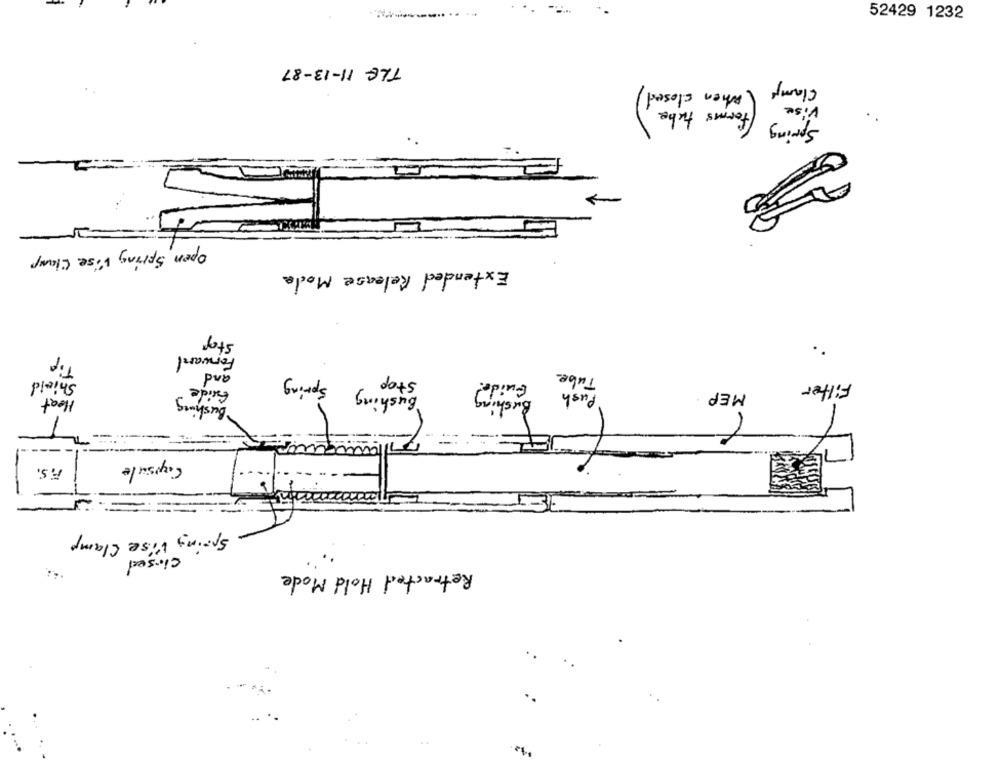
52429 1232
THE 11-13-87
Clamp
(when closed
Vise
(forms tube
Spring
>
Open Spring Lise Clamp
Extended Release Moda
Stop
Tip
Forward
and
Shield
Spring
stop
Guide !
Tube
Guide
Filter
Bushing
Bushing
Push
MEP
Heat
Bushing
Capsule
R.S.
Spring Vise Clamp
closed
Retracted Hold Mode